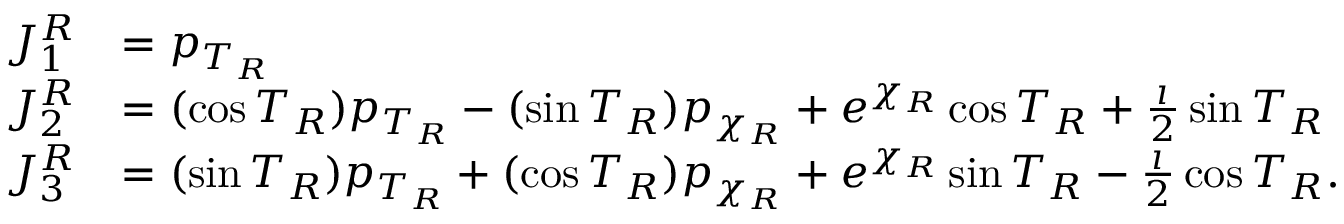
\begin{array} { r l } { J _ { 1 } ^ { R } } & { = p _ { T _ { R } } } \\ { J _ { 2 } ^ { R } } & { = ( \cos T _ { R } ) p _ { T _ { R } } - ( \sin T _ { R } ) p _ { \chi _ { R } } + e ^ { \chi _ { R } } \cos T _ { R } + \frac { \i } { 2 } \sin T _ { R } } \\ { J _ { 3 } ^ { R } } & { = ( \sin T _ { R } ) p _ { T _ { R } } + ( \cos T _ { R } ) p _ { \chi _ { R } } + e ^ { \chi _ { R } } \sin T _ { R } - \frac { \i } { 2 } \cos T _ { R } . } \end{array}